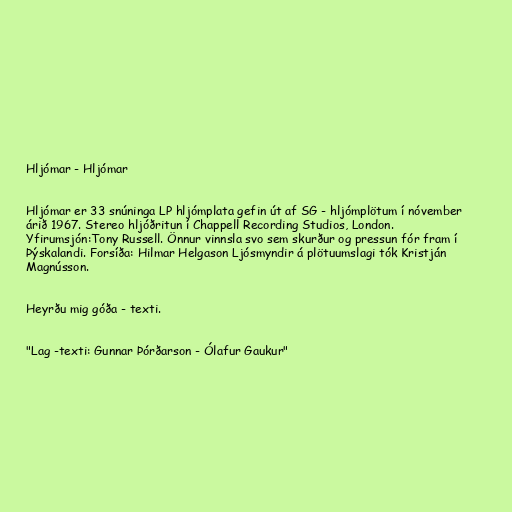
Hljómar - Hljómar

Hljómar er 33 snúninga LP hljómplata gefin út af SG - hljómplötum í nóvember
árið 1967. Stereo hljóðritun í Chappell Recording Studios, London.
Yfirumsjón:Tony Russell. Önnur vinnsla svo sem skurður og pressun fór fram í
Þýskalandi. Forsíða: Hilmar Helgason Ljósmyndir á plötuumslagi tók Kristján
Magnússon.

Heyrðu mig góða - texti.

"Lag -texti: Gunnar Þórðarson - Ólafur Gaukur"